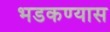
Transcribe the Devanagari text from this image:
भडकण्यास